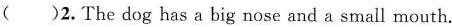
( )2.The dog has a big nose and a small mouth.